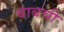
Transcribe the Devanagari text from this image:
बाबची